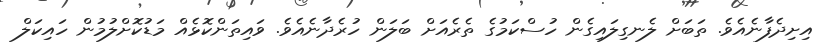
އިށިދެފާނެއެވެ. ތަބަށް ލެނގިލައިގެން ހުސްކަމުގެ ތެރެއަށް ބަލަން ހުރެދާނެއެވެ. ވައިތަންކޮޅެއް މަޑުކޮށްލުމުން ހައިކަލް